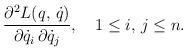
LaTeX: \begin{align*}\frac{\partial ^2L(q,\,\dot q)}{\partial \dot q_i\,\partial \dot q_j},\quad 1\leq i,\,j\leq n.\end{align*}